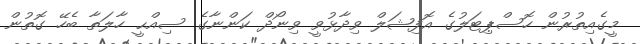
މީގެއިތުރުން ހޮސްޕިޓަލުގެ އޮފިޝަލް ވިދާޅުވީ ވިނޯދް ކަންނާގެ ސިއްޙީ ހާލަތާ ބެހޭ ގޮތުން